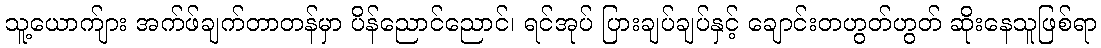
သူ့ယောက်ျား အက်ဖ်ချက်တာတန်မှာ ပိန်ညောင်ညောင်၊ ရင်အုပ် ပြားချပ်ချပ်နှင့် ချောင်းတဟွတ်ဟွတ် ဆိုးနေသူဖြစ်ရာ